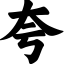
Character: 夸